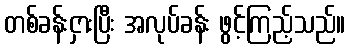
တစ်ခန်းငှားပြီး အလုပ်ခန်း ဖွင့်ကြည့်သည်။